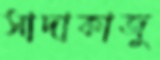
সাদাকাজু